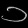
Digit: ၁